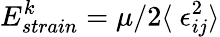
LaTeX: E_{strain}^{k}=\mu/2\langle\ \epsilon_{ij}^{2}\rangle